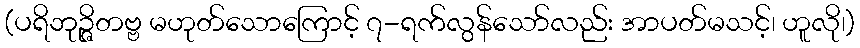
(ပရိဘုဉ္ဇိတဗ္ဗ မဟုတ်သောကြောင့် ၇-ရက်လွန်သော်လည်း အာပတ်မသင့်၊ ဟူလို၊)